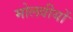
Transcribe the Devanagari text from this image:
मोलवीयों